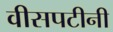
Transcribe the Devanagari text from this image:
वीसपटीनी